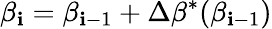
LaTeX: \beta_{\mathbf{i}}=\beta_{\mathbf{i}-1}+\Delta\beta^{*}(\beta_{\mathbf{i}-1})